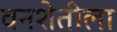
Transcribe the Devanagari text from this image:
वनशेतीला